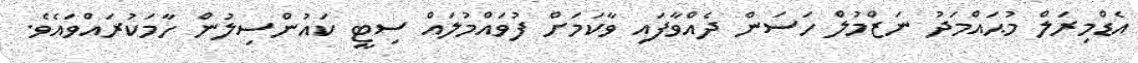
އެޑްމިރަލް މުޙައްމަދު ނަޒްމުލް ހަސަން ދެއްވާފައި ވާކަމަށް ފުވައްމުލައް ސިޓީ ކައުންސިލުން ހާމަކުރައްވައެވެ.